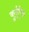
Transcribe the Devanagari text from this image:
कु्र्डूपेठ